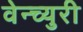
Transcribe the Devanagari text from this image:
वेन्च्युरी